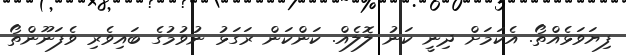
ފިޔަވަޅެއްތޯ. އެކަމަށް ދިނީ ކަނު ލޮލެއް. ކަންކަން ރަގަޅު ނުވުމުގެ ބައިވެރި ވެފަނޫންތޯ